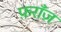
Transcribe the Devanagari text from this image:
फ़राँज़